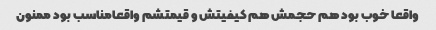
واقعا خوب بود هم حجمش هم کیفیتش و قیمتشم واقعامناسب بود ممنون